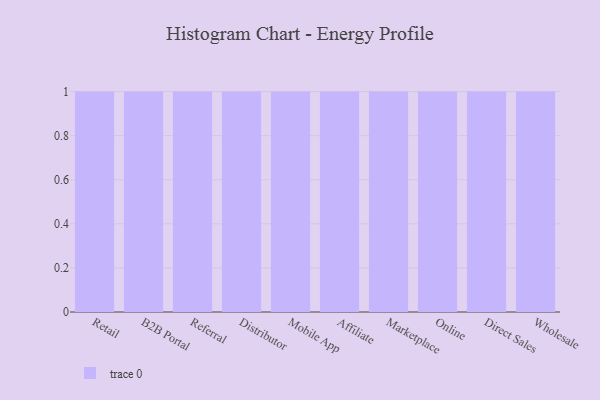
{"axis": {"x": "Channel", "y": "Satisfaction Score"}, "legend": [""], "data": [{"x": "Retail", "y": 21, "type": ""}, {"x": "B2B Portal", "y": 98, "type": ""}, {"x": "Referral", "y": 11, "type": ""}, {"x": "Distributor", "y": 68, "type": ""}, {"x": "Mobile App", "y": 21, "type": ""}, {"x": "Affiliate", "y": 39, "type": ""}, {"x": "Marketplace", "y": 14, "type": ""}, {"x": "Online", "y": 73, "type": ""}, {"x": "Direct Sales", "y": 85, "type": ""}, {"x": "Wholesale", "y": 9, "type": ""}]}